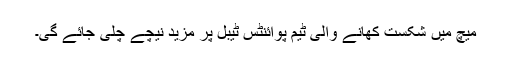
میچ میں شکست کھانے والی ٹیم پوائنٹس ٹیبل پر مزید نیچے چلی جائے گی۔